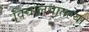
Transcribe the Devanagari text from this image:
विद्यालयातल्या